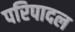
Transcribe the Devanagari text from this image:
परिपादल